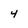
Character: 4